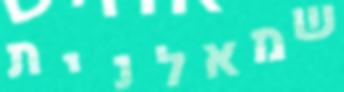
שמאלנית